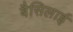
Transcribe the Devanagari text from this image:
बैसिलाई